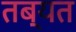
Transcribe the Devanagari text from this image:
तब्यत